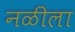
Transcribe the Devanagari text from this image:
नळीला